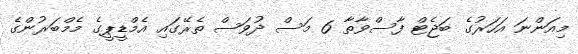
މިއަންނަ އަހަރުގެ ބަޖެޓް ފާސްވާތާ 6 މަސް ދުވަސް ތެރޭގައި އެމްޑީޕީގެ މެމްބަރުންގެ